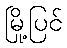
မြို့ပြင်